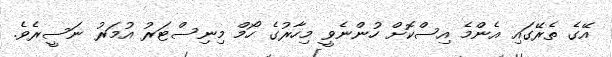
އޭގެ ތެރޭގައި އެންމެ އިސްކޮށް ހުންނެވީ މިހާރުގެ ހޯމް މިނިސްޓަރު އުމަރު ނަސީރެވެ.